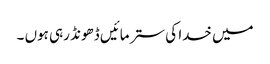
میں خدا کی ستر مائیں ڈھونڈ رہی ہوں ۔